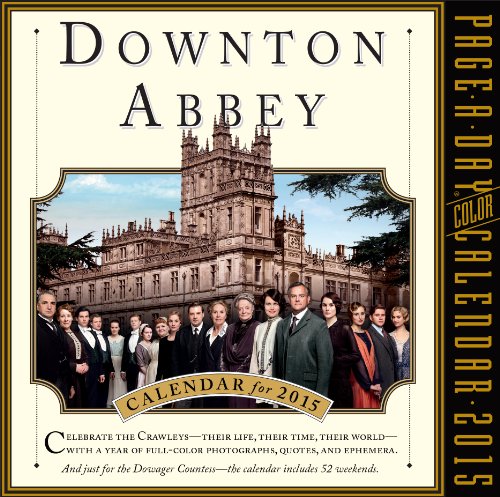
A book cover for Downton Abbey 2015 Page-A-Day Calendar; Workman Publishing; Calendars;